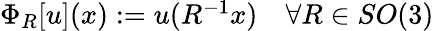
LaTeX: \begin{array}{r}{\Phi_{R}[u](x):=u(R^{-1}x)\quad\forall R\in SO(3)}\end{array}